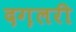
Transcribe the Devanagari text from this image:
दग़लरी